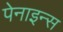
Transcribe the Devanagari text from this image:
पेनाइन्स